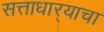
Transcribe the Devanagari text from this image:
सत्ताधार्‍याचा